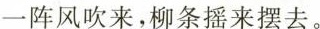
一阵风吹来，柳条摇来摆去。